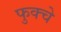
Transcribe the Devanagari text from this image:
फुक्चे